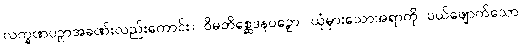
လက္ခဏပဉှာအခဏ်းလည်းကောင်း။ ဝိမတိစ္ဆေဒနပဉှော၊ ယုံမှားသောအရာကို ပယ်ဖျောက်သော